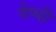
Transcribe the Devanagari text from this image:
पेप्पी